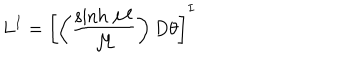
LaTeX: L ^ { I } = \left[ \left( { \frac { \sinh { \cal M } } { \cal M } } \right) D \theta \right] ^ { I }